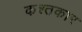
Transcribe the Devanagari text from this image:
कश्तकार